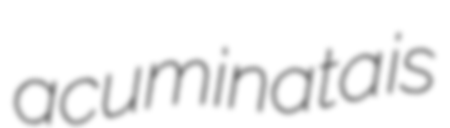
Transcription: acuminata is